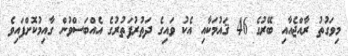
މިވަގުތު ރާއްޖެއާއި ބޭރުގެ 46 ޤައުމަކާއި އެކު ވައިގެ ދަތުރުފަތުރުގެ އެއްބަސްވުން ގާއިމުކޮށްފައިވެ